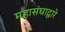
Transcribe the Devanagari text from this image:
महासंघाद्वारे